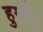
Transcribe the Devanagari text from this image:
हुमाँयु